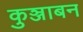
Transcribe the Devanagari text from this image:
कुञ्जाबन